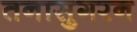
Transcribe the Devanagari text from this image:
तनासुगरन